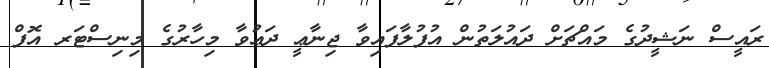
ރައީސް ނަޝީދުގެ މައްޗަށް ދައުލަތުން އުފުލާފައިވާ ޖިނާޢީ ދަޢުވާ މިހާރުގެ މިނިސްޓަރ އޮފް